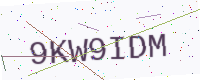
Text: 9KW9IDM